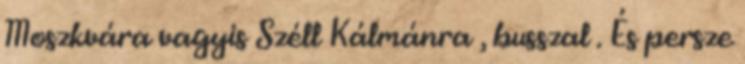
Moszkvára vagyis Széll Kálmánra , busszal . És persze